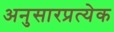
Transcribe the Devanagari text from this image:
अनुसारप्रत्येक